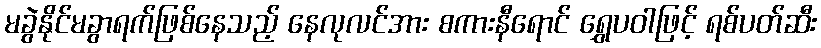
မခွဲနိုင်မခွာရက်ဖြစ်နေသည့် နေလုလင်အား စကားနီရောင် ရွှေပဝါဖြင့် ရစ်ပတ်ဆီး